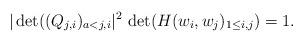
LaTeX: \begin{align*}|\det((Q_{j,i})_{a<j,i}|^2\,\det(H( w_i, w_j)_{1\leq i,j})=1.\end{align*}